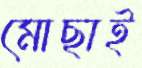
মোছাই